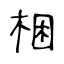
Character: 梱